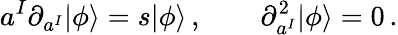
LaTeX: a^{I}\partial_{a^{I}}|\phi\rangle=s|\phi\rangle\, ,\qquad\partial_{a^{I}}^{2}|\phi\rangle=0\, .